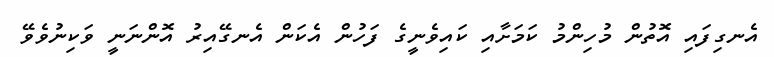
އެނގިފައި އޮތުން މުހިންމު ކަމަށާއި ކައިވެނީގެ ފަހުން އެކަން އެނގޭއިރު އޮންނަނީ ވަކިނުވެވޭ